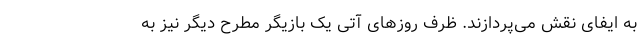
به ایفای نقش می‌پردازند. ظرف روزهای آتی یک بازیگر مطرح دیگر نیز به